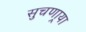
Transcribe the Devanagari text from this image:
सुचणार्‍या